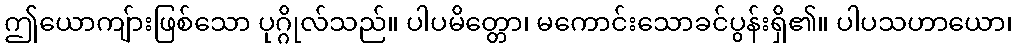
ဤယောကျ်ားဖြစ်သော ပုဂ္ဂိုလ်သည်။ ပါပမိတ္တော၊ မကောင်းသောခင်ပွန်းရှိ၏။ ပါပသဟာယော၊